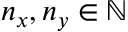
n _ { x } , n _ { y } \in \mathbb { N }